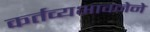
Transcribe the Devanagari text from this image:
कर्तव्यभावनेने